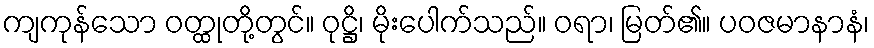
ကျကုန်သော ဝတ္ထုတို့တွင်။ ဝုဋ္ဌိ၊ မိုးပေါက်သည်။ ဝရာ၊ မြတ်၏။ ပဝဇမာနာနံ၊